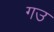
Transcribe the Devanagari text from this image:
गउ